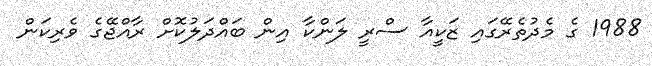
1988 ގެ މެދުތެރޭގައި ޒަކީއާ ސްރީ ލަންކާ އިން ބައްދަލުކޮށް ރާއްޖޭގެ ވެރިކަން